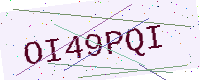
Text: OI49PQI